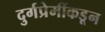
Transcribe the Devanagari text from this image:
दुर्गप्रेमींकडून